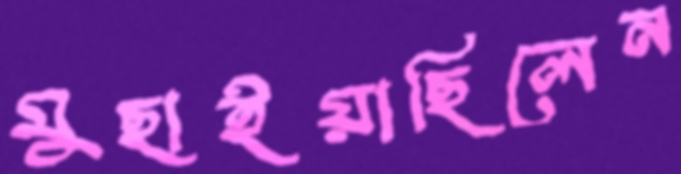
মুছাইয়াছিলেন